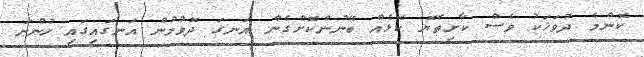
ކޮންމެ ދުވަހަކު ވެސް ކާށިތެޔޮ ކޮޅެއް ބޭނުންކޮށްގެން އަނގަ ދޮވުމުން އަނގައިގައި ހުންނަ